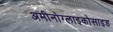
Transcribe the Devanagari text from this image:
अमीनोग्लाइकोसाइड